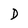
Character: D